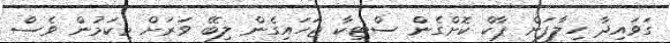
ގަވައިދާ ހިލާފަށް ޕާކް ކޮށްގެން ސްޓިކާ ޖަހައިގެން ލިބޭ ވަރަށް މިކަމުން ވެސް